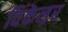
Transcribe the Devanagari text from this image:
विंकेल्रर